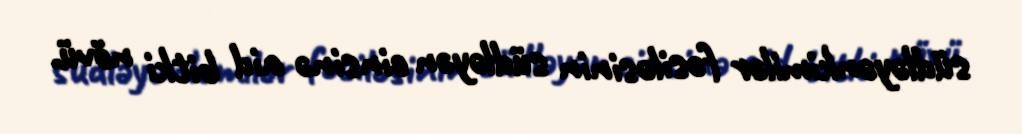
südləyənkimilər fəsiləsinin südləyən cinsinə aid bitki növü.